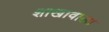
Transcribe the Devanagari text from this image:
शाखावाला